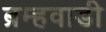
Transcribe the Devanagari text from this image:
ब्रम्हवाडी